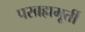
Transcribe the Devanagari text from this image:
परब्रह्ममूर्ती